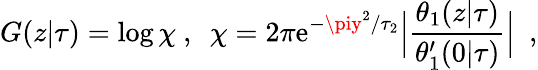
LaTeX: G(z\vert\tau)=\log\chi\ ,\ \ \chi=2\pi\mathrm{e}^{-\piy^{2}/\tau_{2}}\Bigl\vert{\frac{{\theta_{1}(z\vert\tau)}}{{\theta_{1}^{\prime}(0\vert\tau)}}}\Bigr\vert\ \ ,